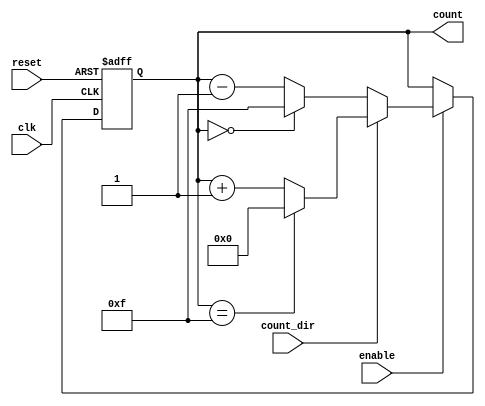
module BinaryCounter (
    input wire clk,        // Clock signal
    input wire reset,      // Asynchronous reset signal
    input wire enable,     // Enable signal
    input wire count_dir,  // Count direction: 1 for up, 0 for down
    output reg [n-1:0] count // n-bit counter output
);
    parameter n = 4; // Number of bits for the counter (can be adjusted)

    // Asynchronous reset and counting mechanism
    always @(posedge clk or posedge reset) begin
        if (reset) begin
            count <= 0; // Reset the counter to zero
        end else if (enable) begin
            if (count_dir) begin
                // Count up
                if (count == (2**n - 1)) begin
                    count <= 0; // Wrap around to zero
                end else begin
                    count <= count + 1; // Increment count
                end
            end else begin
                // Count down
                if (count == 0) begin
                    count <= (2**n - 1); // Wrap around to max value
                end else begin
                    count <= count - 1; // Decrement count
                end
            end
        end
    end
endmodule